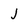
Character: j